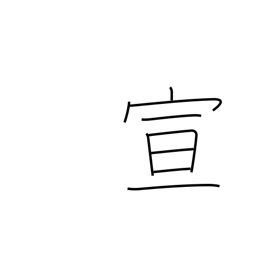
Meaning: announce